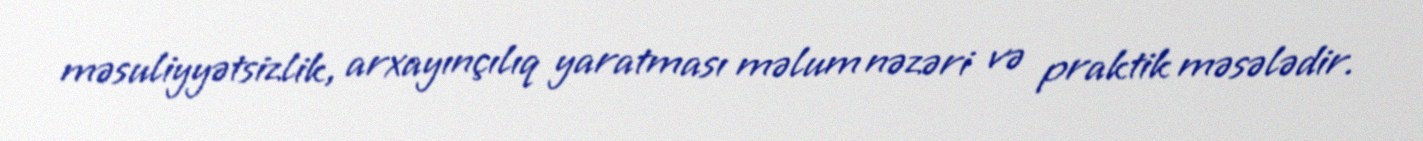
məsuliyyətsizlik, arxayınçılıq yaratması məlum nəzəri və praktik məsələdir.